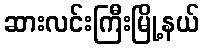
ဆားလင်းကြီးမြို့နယ်